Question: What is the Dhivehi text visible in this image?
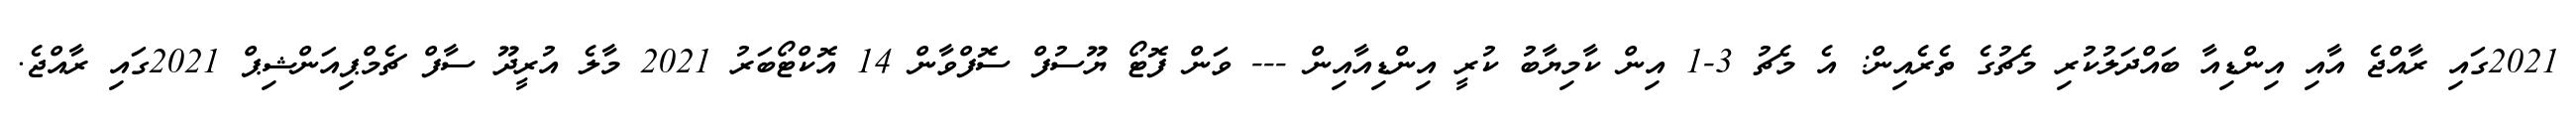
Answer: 2021ގައި ރާއްޖެ އާއި އިންޑިއާ ބައްދަލުކުރި މެޗުގެ ތެރެއިން: އެ މެޗު 3-1 އިން ކާމިޔާބު ކުރީ އިންޑިއާއިން --- ވަން ފޮޓޯ ޔޫސުފް ސޮފްވާން 14 އޮކްޓޯބަރު 2021 މާލެ އުރީދޫ ސާފް ޗެމްޕިއަންޝިޕް 2021ގައި ރާއްޖެ.